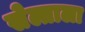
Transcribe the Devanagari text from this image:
सेल्ताला